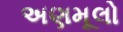
અણમૂલો